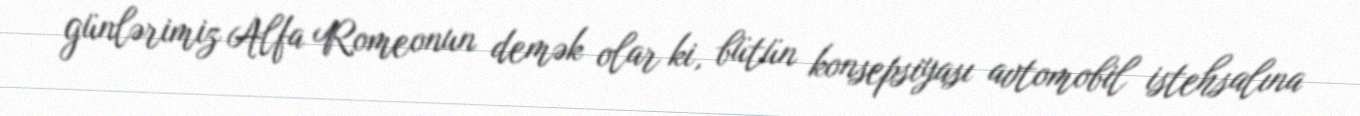
günlərimiz Alfa Romeonun demək olar ki, bütün konsepsiyası avtomobil istehsalına